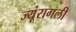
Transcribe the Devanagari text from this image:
ज्यूंरागली